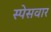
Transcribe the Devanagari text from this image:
स्पेसवार